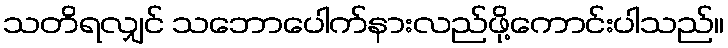
သတိရလျှင် သဘောပေါက်နားလည်ဖို့ကောင်းပါသည်။